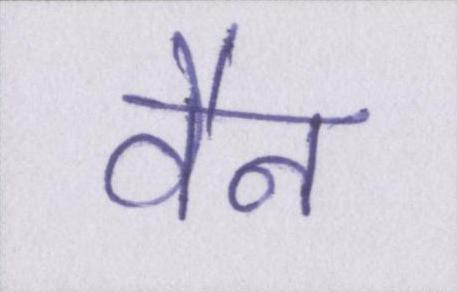
वैन